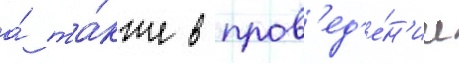
а́ та́кже в пров'ед'е́н'ии